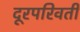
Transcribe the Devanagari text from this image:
दूरपरिवर्ती